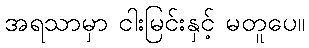
အရသာမှာ ငါးမြင်းနှင့် မတူပေ။